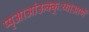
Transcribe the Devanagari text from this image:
प्पृआआंऊक्क्ःय्याआणॅ